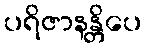
ပရိဇာနန္တိပေ